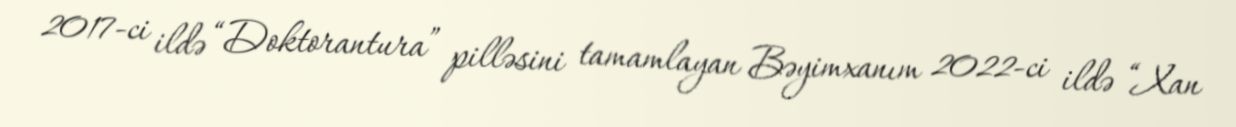
2017-ci ildə “Doktorantura” pilləsini tamamlayan Bəyimxanım 2022-ci ildə “Xan